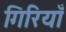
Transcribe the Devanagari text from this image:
गिरियाँ